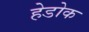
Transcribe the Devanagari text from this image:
हेडोक